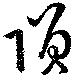
隕